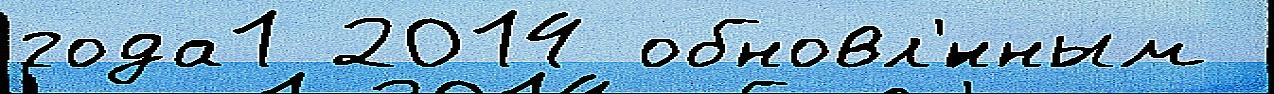
года1 2014 обновл'́нным